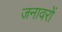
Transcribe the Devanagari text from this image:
जनावरों